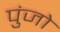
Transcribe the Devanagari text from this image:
पुंजो